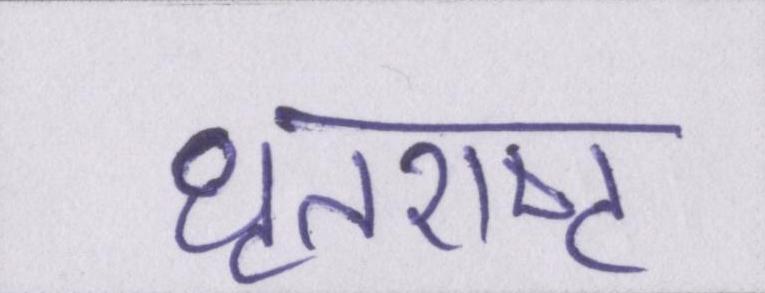
धृतराष्ट